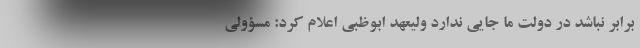
برابر نباشد در دولت ما جایی ندارد ولیعهد ابوظبی اعلام کرد: مسؤولی